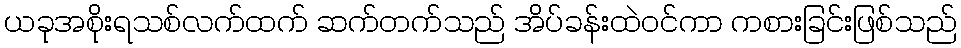
ယခုအစိုးရသစ်လက်ထက် ဆက်တက်သည် အိပ်ခန်းထဲဝင်ကာ ကစားခြင်းဖြစ်သည်